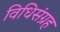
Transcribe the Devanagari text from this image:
विधिसंग्रह